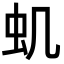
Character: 虮